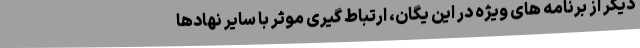
دیگر از برنامه های ویژه در این یگان، ارتباط گیری موثر با سایر نهادها